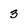
Character: 3